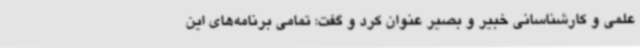
علمی و کارشناسانی خبیر و بصیر عنوان کرد و گفت: تمامی برنامه‌های این